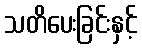
သတိပေးခြင်းနှင့်